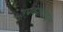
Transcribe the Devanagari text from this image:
उपदेशाबद्दल